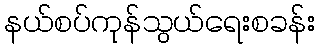
နယ်စပ်ကုန်သွယ်ရေးစခန်း